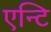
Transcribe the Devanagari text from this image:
एन्टि